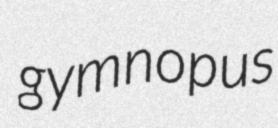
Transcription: gymnopus